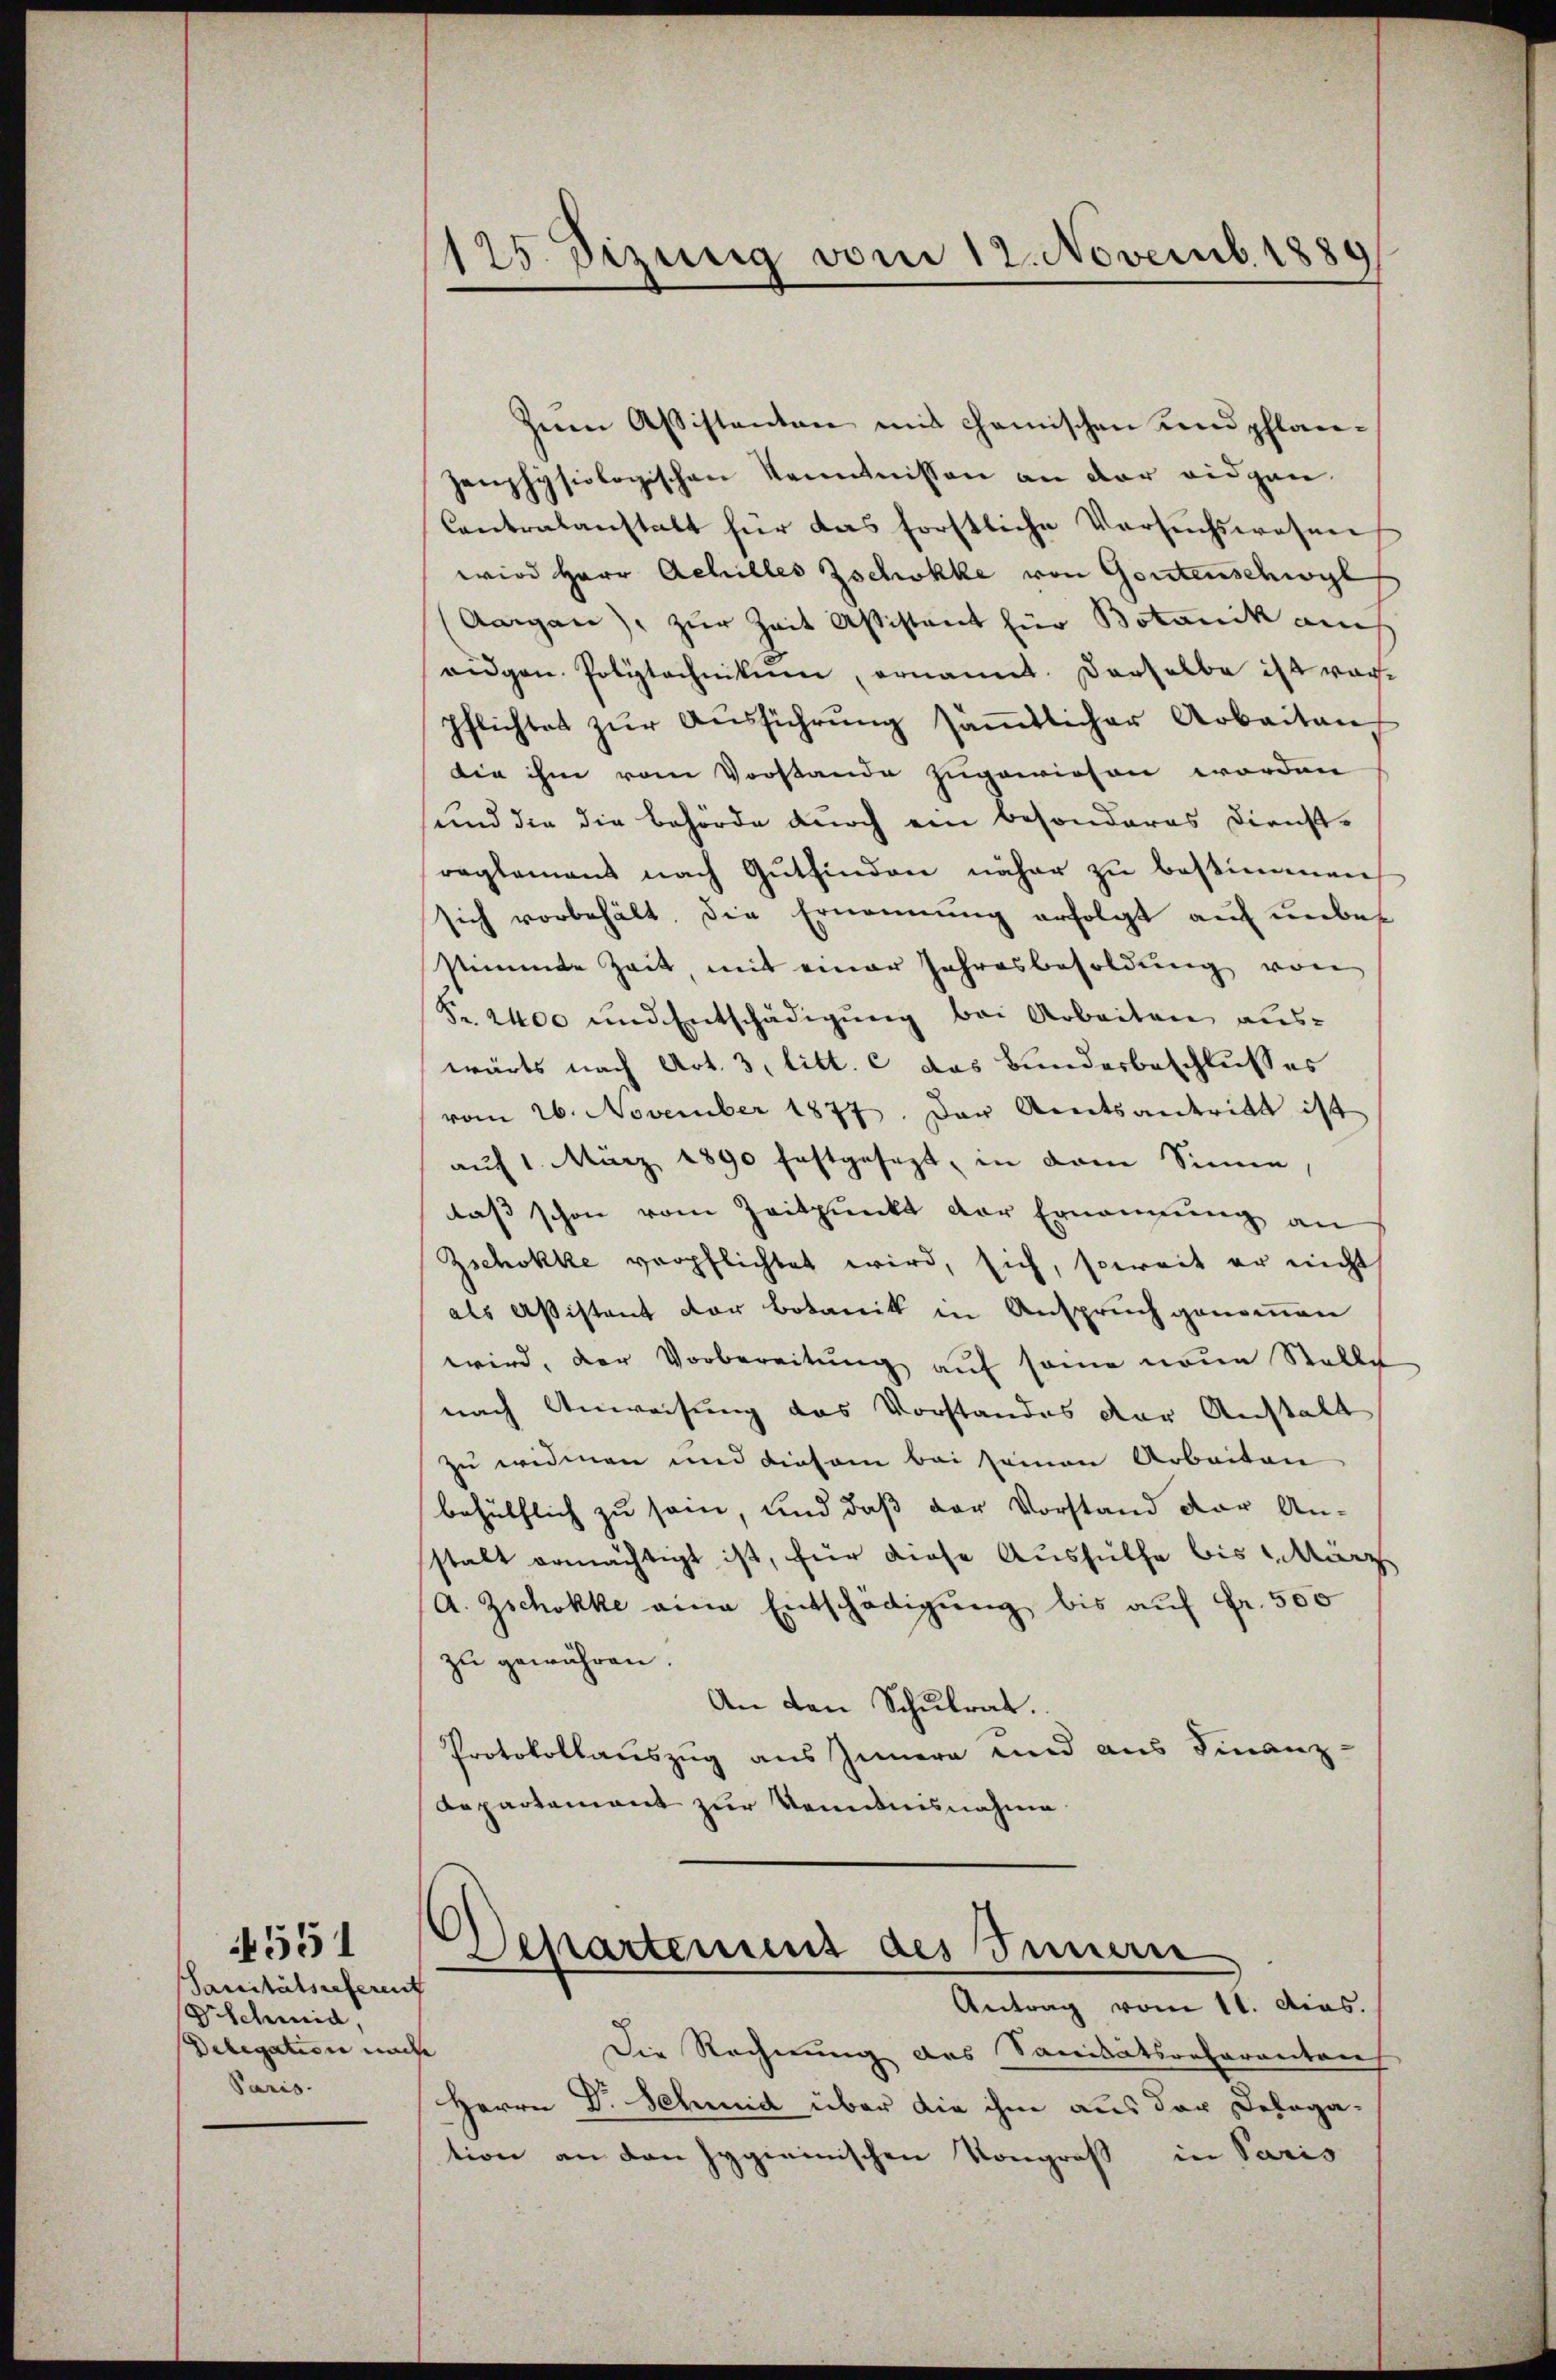
Sanitätsreferent
D. Schweid,
Delegation nach
Paris.

4551

125. Sizung vom 12. Novemb. 1889
)

Zum Assistenten mit chanischen und pflanzemphysiologischen Kenntnissen an der eidgen.
Contralanstalt für das forstliche Versuchswesen
wird Herr Achilles Zschokke von Gontenschwyl
Aargau), zur Zeit Assistant für Botanik aus
eidgen. Polytechnikum, ernannt. Derselbe ist vorpflichtet zŭr Aŭsführŭng säṁtlicher Arbeiten
die ihm vom Vorstande zugewiesen worden
und die die Behörde durch ein besonderes Dienstreglemens nach Gutfinden näher zu bestimmen,
sich vorbehält. Die Ernennung erfolgt auf unbes
stimmte Zeit, mit einer Jahresbesoldung von
Fr. 2400 und Entschädigung bei Arbeiten auswärts nach Art. 3, litt. c das Bundesbeschlusses
vom 26. November 1877. Das Amtsantritt ist
auf 1. März 1890 festgesezt, in dem Sinne,
daß schon vom Zeitpunkt der Ernennung an
Zschokke verpflichtet wird, sich, soweit er nicht
als Aßistent der Botanik in Anspruch genommen
wird, der Vorbereitung auf seine neue Stelle
nach Anweisung das Vorstandes der Anstalt
zu eridenen und diesem bei seinen Arbeiten
behülflich zu sei, und daß der Vorstand der An-
stalt ermächtigt ist, für diese Aushülfe bis Marz
A. Zschokke eine Entschädigung bis auf Fr. 500
zu gewähren.
An den Schulrat.
Protokollauszug aus Innern und aus Finanz-
Departement zur Kenntnisnahme
Departement des Innern
Antrag vom 11. Mias.
Die Rechnung des Sanitätsreferantons
Herrn Dr. Schmid über die ihm aus der Delega-
tion an den Hygieinischen Kongroß in Paris